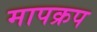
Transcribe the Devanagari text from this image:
मापक्रप